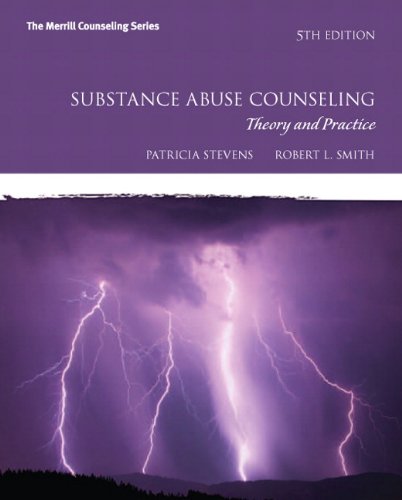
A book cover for Substance Abuse Counseling: Theory and Practice (5th Edition) (Merrill Counseling); Patricia Stevens; Health, Fitness & Dieting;